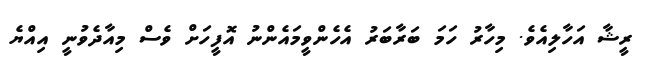
ރީޝާ އަހާލިއެވެ. މިހާރު ހަމަ ބަރާބަރު އެހެންވީމައެންނު އޮފީހަށް ވެސް މިއާދެވުނީ އިއްޔެ